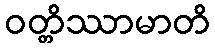
ဝတ္တိဿာမာတိ